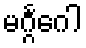
မဂ္ဂင်္ဂေါ